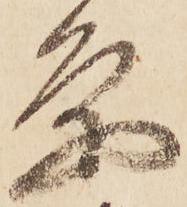
条